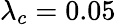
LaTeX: \lambda_{c}=0.05